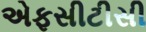
એફસીટીસી